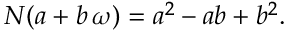
N ( a + b \, \omega ) = a ^ { 2 } - a b + b ^ { 2 } .